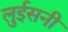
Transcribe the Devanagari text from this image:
लुईसनी